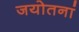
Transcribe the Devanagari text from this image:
जयोतनां